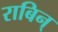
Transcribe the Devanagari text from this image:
राबिन्‌